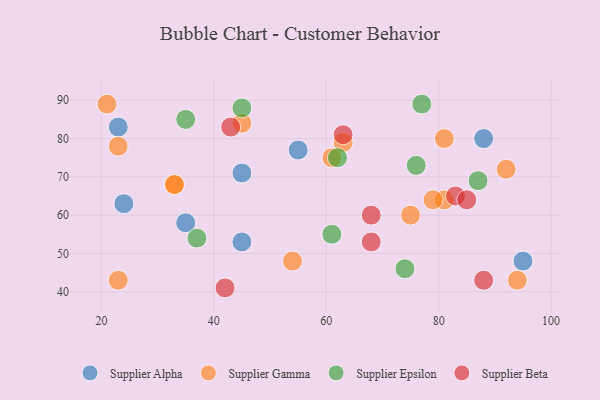
{"axis": {"x": "GDP", "y": "Life Expectancy"}, "legend": ["Supplier Alpha", "Supplier Beta", "Supplier Epsilon", "Supplier Gamma"], "data": [{"x": "95", "y": 48, "type": "Supplier Alpha"}, {"x": "45", "y": 71, "type": "Supplier Alpha"}, {"x": "35", "y": 58, "type": "Supplier Alpha"}, {"x": "24", "y": 63, "type": "Supplier Alpha"}, {"x": "23", "y": 83, "type": "Supplier Alpha"}, {"x": "55", "y": 77, "type": "Supplier Alpha"}, {"x": "88", "y": 80, "type": "Supplier Alpha"}, {"x": "45", "y": 53, "type": "Supplier Alpha"}, {"x": "23", "y": 43, "type": "Supplier Gamma"}, {"x": "23", "y": 78, "type": "Supplier Gamma"}, {"x": "81", "y": 64, "type": "Supplier Gamma"}, {"x": "81", "y": 80, "type": "Supplier Gamma"}, {"x": "92", "y": 72, "type": "Supplier Gamma"}, {"x": "94", "y": 43, "type": "Supplier Gamma"}, {"x": "63", "y": 79, "type": "Supplier Gamma"}, {"x": "21", "y": 89, "type": "Supplier Gamma"}, {"x": "79", "y": 64, "type": "Supplier Gamma"}, {"x": "33", "y": 68, "type": "Supplier Gamma"}, {"x": "54", "y": 48, "type": "Supplier Gamma"}, {"x": "33", "y": 68, "type": "Supplier Gamma"}, {"x": "61", "y": 75, "type": "Supplier Gamma"}, {"x": "75", "y": 60, "type": "Supplier Gamma"}, {"x": "45", "y": 84, "type": "Supplier Gamma"}, {"x": "74", "y": 46, "type": "Supplier Epsilon"}, {"x": "76", "y": 73, "type": "Supplier Epsilon"}, {"x": "62", "y": 75, "type": "Supplier Epsilon"}, {"x": "37", "y": 54, "type": "Supplier Epsilon"}, {"x": "35", "y": 85, "type": "Supplier Epsilon"}, {"x": "45", "y": 88, "type": "Supplier Epsilon"}, {"x": "61", "y": 55, "type": "Supplier Epsilon"}, {"x": "87", "y": 69, "type": "Supplier Epsilon"}, {"x": "77", "y": 89, "type": "Supplier Epsilon"}, {"x": "68", "y": 53, "type": "Supplier Beta"}, {"x": "68", "y": 60, "type": "Supplier Beta"}, {"x": "63", "y": 81, "type": "Supplier Beta"}, {"x": "42", "y": 41, "type": "Supplier Beta"}, {"x": "83", "y": 65, "type": "Supplier Beta"}, {"x": "85", "y": 64, "type": "Supplier Beta"}, {"x": "43", "y": 83, "type": "Supplier Beta"}, {"x": "88", "y": 43, "type": "Supplier Beta"}]}